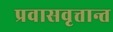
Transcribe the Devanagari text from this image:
प्रवासवृत्तान्त